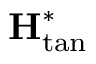
\mathbf { H } _ { \mathrm { t a n } } ^ { * }